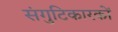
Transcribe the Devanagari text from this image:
संगुटिकारकों